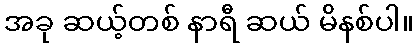
အခု ဆယ့်တစ် နာရီ ဆယ် မိနစ်ပါ။